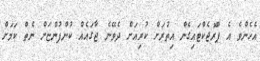
އެހެންވެ އެ ޕްރޮޖެކްޓައިގެން އިތުރަށް ކުރިއަށް ދެވޭނެ ޖާގައެއް ކުންފުންޏަށް ނެތް ކަމަށް